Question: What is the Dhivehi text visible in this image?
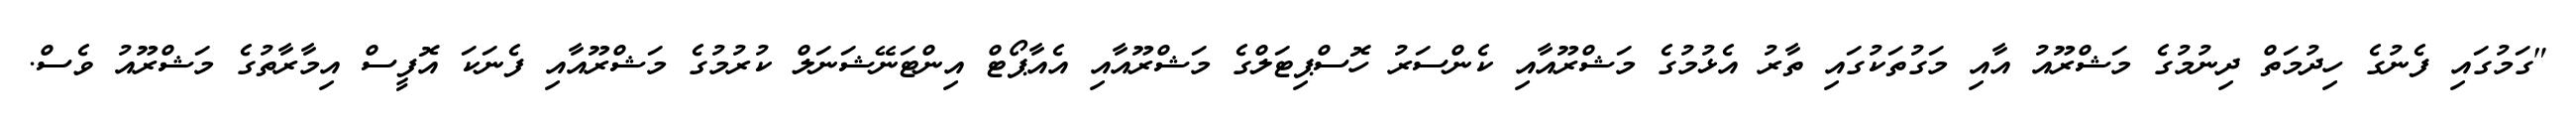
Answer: "ގަމުގައި ފެނުގެ ހިދުމަތް ދިނުމުގެ މަޝްރޫއު އާއި މަގުތަކުގައި ތާރު އެޅުމުގެ މަޝްރޫއާއި ކެންސަރު ހޮސްޕިޓަލްގެ މަޝްރޫއާއި އެއާޕޯޓް އިންޓަނޭޝަނަލް ކުރުމުގެ މަޝްރޫއާއި ފެނަކަ އޮފީސް އިމާރާތުގެ މަޝްރޫއު ވެސް.